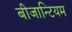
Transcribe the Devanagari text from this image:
बीजान्टियम